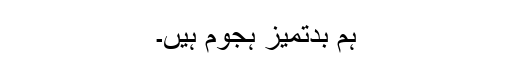
ہم بدتمیز ہجوم ہیں۔